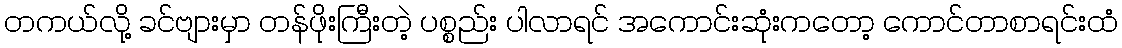
တကယ်လို့ ခင်ဗျားမှာ တန်ဖိုးကြီးတဲ့ ပစ္စည်း ပါလာရင် အကောင်းဆုံးကတော့ ကောင်တာစာရင်းထံ